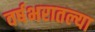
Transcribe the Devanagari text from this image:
वर्षभरातल्या